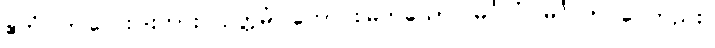
ဧတံ၊ ဤလေးပါးကား။ ဥတ္တမံ၊ ကောင်းမြတ်သော။ မင်္ဂလံ၊ မင်္ဂလာ ပေတည်း။